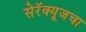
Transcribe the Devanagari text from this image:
सेरॅक्यूजचा